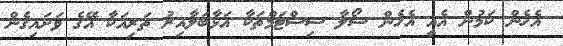
އެހެން ކަމުން އެއީ އެހެން ސޯލާ ސިސްޓަމްތަކާ އަޅާބަލާއިރު ތަރިއަކާ އޭގެ ވަށައިގެން